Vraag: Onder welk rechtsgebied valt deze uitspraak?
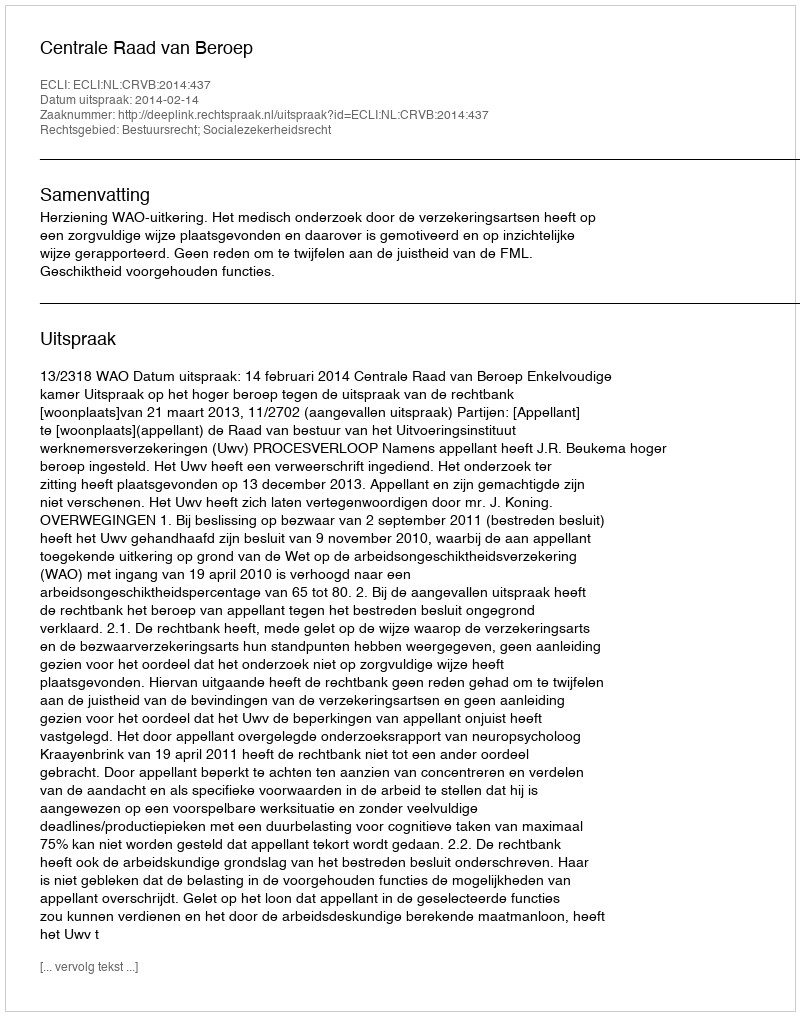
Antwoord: Bestuursrecht; Socialezekerheidsrecht